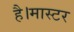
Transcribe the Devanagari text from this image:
है।मास्‍टर